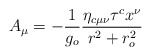
\begin{align*}A_\mu =-\frac{1}{g_o} \frac{\eta_{c\mu\nu}\tau^cx^\nu}{r^2+r_o^2}\end{align*}